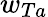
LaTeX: w_{Ta}